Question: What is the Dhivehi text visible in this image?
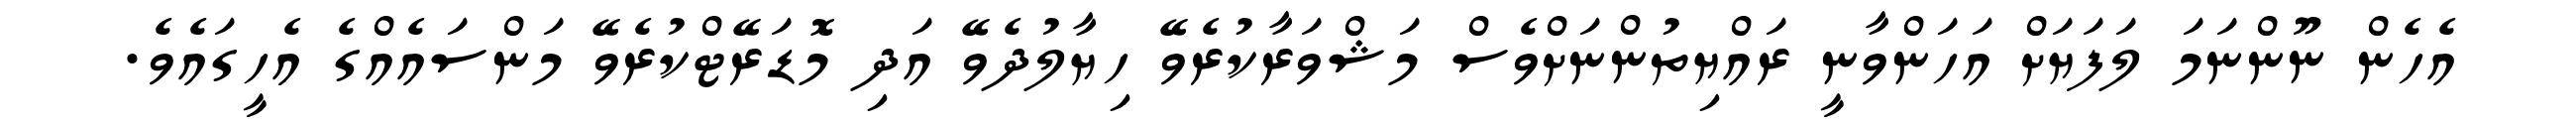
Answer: އެހެން ނޫންނަމަ ލަފަޔަށް އަހަންވާނީ ރައްޔިތުންނަށްވެސް މަޝްވަރާކުރެވޭ ހިޔާލުދެވޭ އަދި މޮޑަރޭޓްކުރެވޭ މަންސައެއްގެ އެހީގައެވެ.